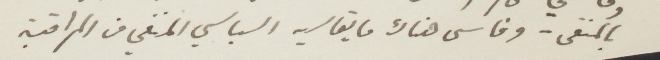
بالمنفى - وقاسى هناك ما يقاسيه السياسي المنفي من المراقبة